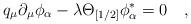
LaTeX: \begin{align*}q_\mu \partial_\mu\phi_\alpha - \lambda \Theta_{[1/2]} \phi_\alpha^\ast=0\quad,\end{align*}